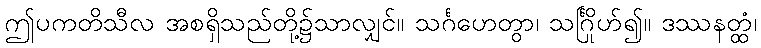
ဤပကတိသီလ အစရှိသည်တို့၌သာလျှင်။ သင်္ဂဟေတွာ၊ သင်္ဂြိုဟ်၍။ ဒဿနတ္ထံ၊